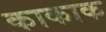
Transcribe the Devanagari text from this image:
काकाक